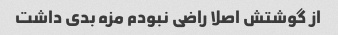
از گوشتش اصلا راضی نبودم مزه بدی داشت